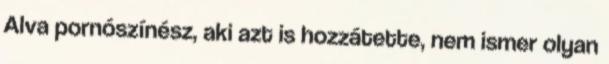
Alva pornószínész, aki azt is hozzátette, nem ismer olyan